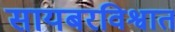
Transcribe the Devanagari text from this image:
सायबरविश्वात